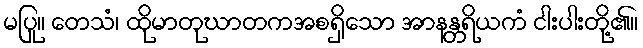
မပြု။ တေသံ၊ ထိုမာတုဃာတကအစရှိသော အာနန္တရိယကံ ငါးပါးတို့၏။